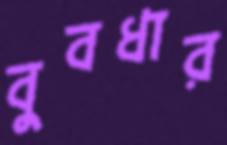
বুবধার